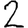
Digit: 2